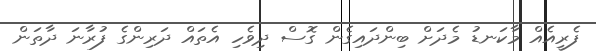
ފެރީއެއް މާކަނޑު މެދަށް ބިންދައިގެން ގޮސް ދިވެހި އެތައް ދަރިންގެ ފުރާނަ ދާތަން